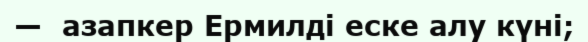
—  азапкер Ермилді еске алу күні;